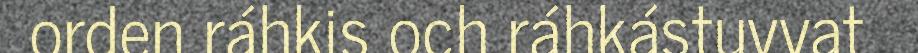
orden ráhkis och ráhkástuvvat